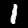
Digit: 1